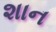
શાન